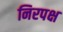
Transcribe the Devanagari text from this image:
निरपक्ष